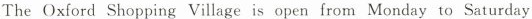
The Oxford Shopping Village is open from Monday to Saturday